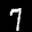
Label: 7